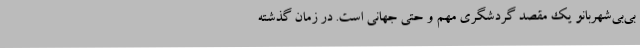
بی‌بی‌شهربانو یک مقصد گردشگری مهم و حتی جهانی است. در زمان گذشته